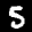
Label: 5